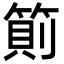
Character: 䈟